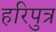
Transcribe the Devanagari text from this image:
हरिपुत्र